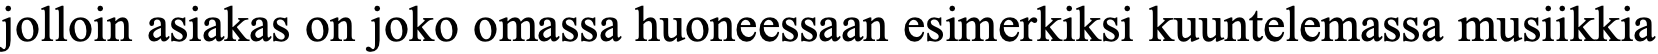
jolloin asiakas on joko omassa huoneessaan esimerkiksi kuuntelemassa musiikkia